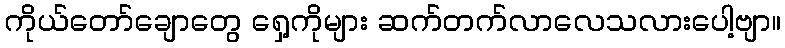
ကိုယ်တော်ချောတွေ ရှေ့ကိုများ ဆက်တက်လာလေသလားပေါ့ဗျာ။